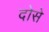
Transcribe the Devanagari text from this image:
दोसे